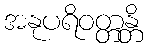
အနုပရိဝတ္တန္တိ